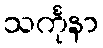
သင်္ကုနာ